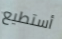
أستطيع